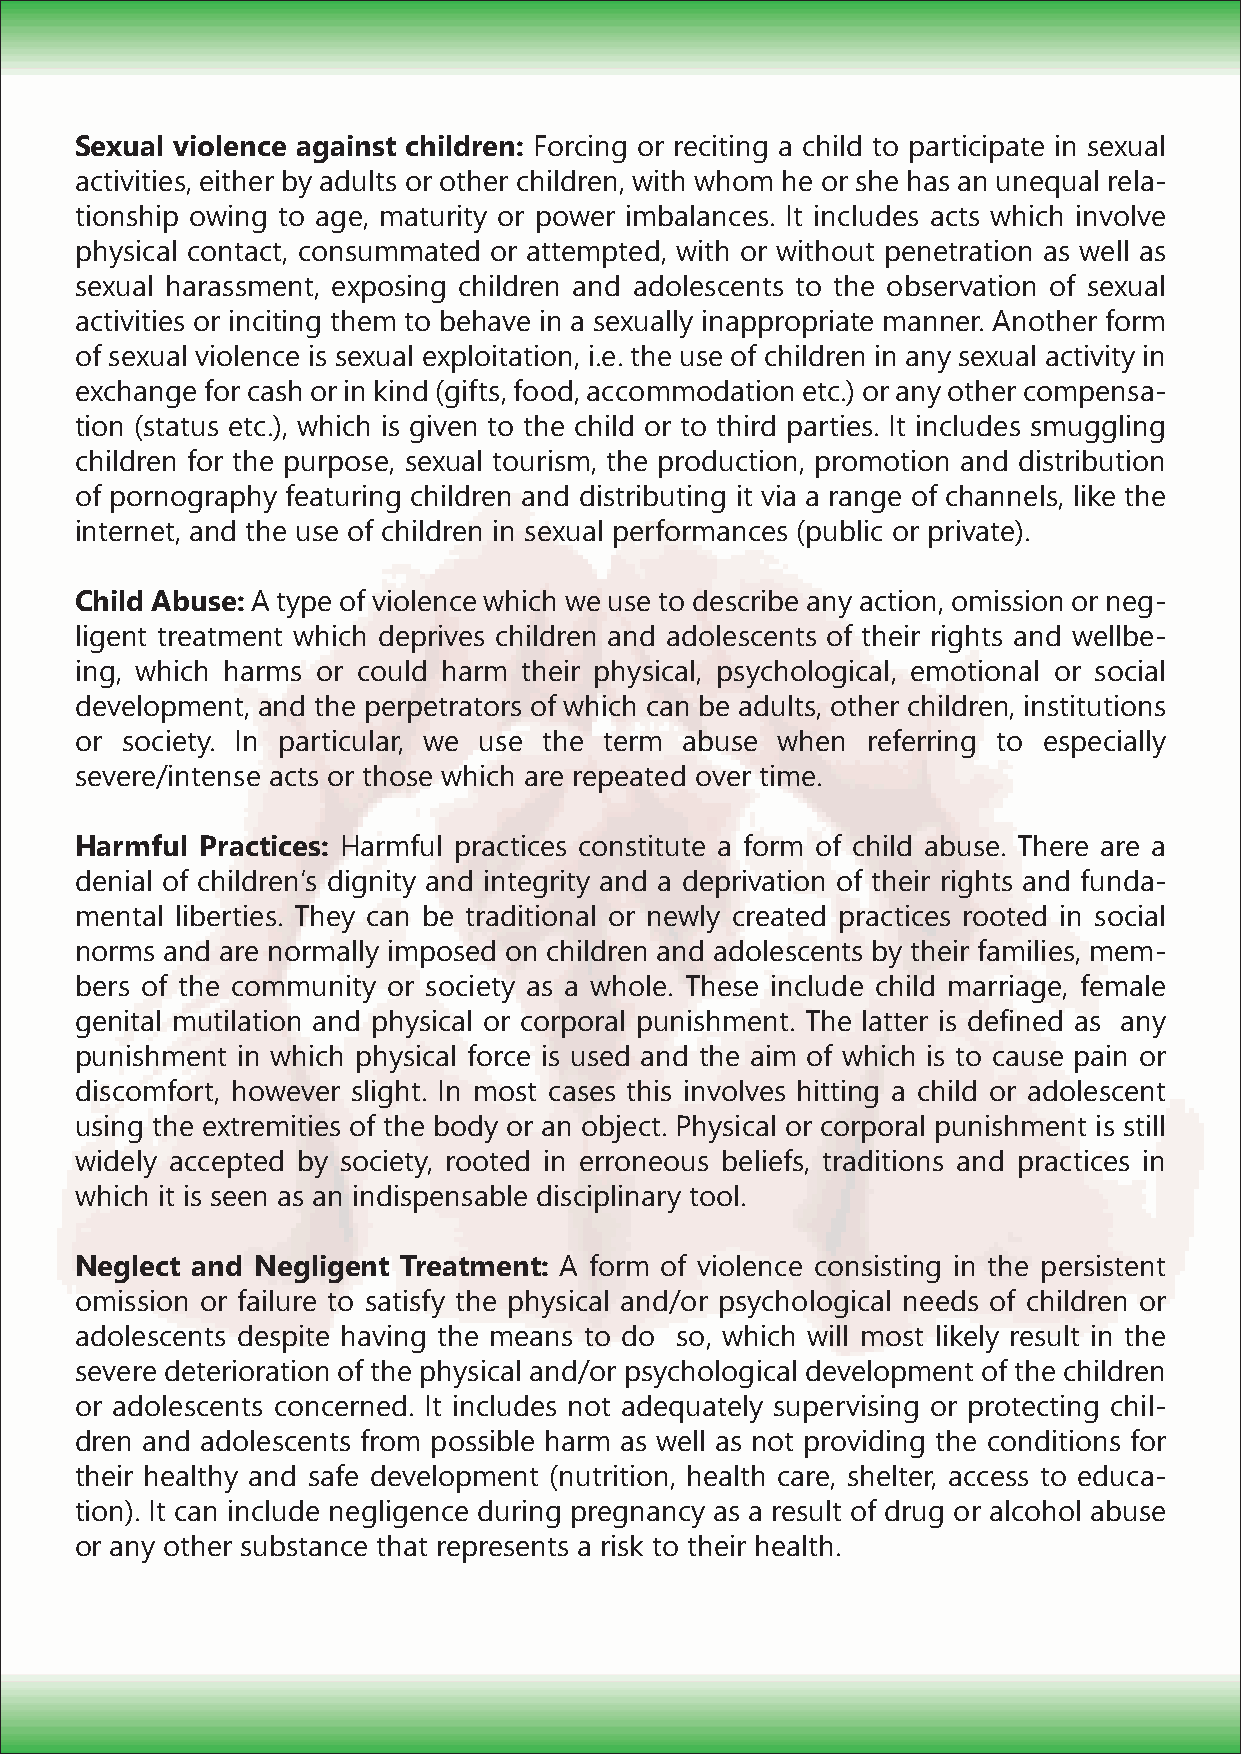
Sexual violence against children: Forcing or reciting a child to participate in sexual
 activities, either by adults or other children, with whom he or she has an unequal rela-
 tionship owing to age, maturity or power imbalances. It includes acts which involve
 physical contact, consummated or attempted, with or without penetration as well as
 sexual harassment, exposing children and adolescents to the observation of sexual
 activities or inciting them to behave in a sexually inappropriate manner. Another form
 of sexual violence is sexual exploitation, i.e. the use of children in any sexual activity in
 exchange for cash or in kind (gifts, food, accommodation etc.) or any other compensa-
 tion (status etc.), which is given to the child or to third parties. It includes smuggling
 children for the purpose, sexual tourism, the production, promotion and distribution
 of pornography featuring children and distributing it via a range of channels, like the
 internet, and the use of children in sexual performances (public or private).
 Child Abuse: A type of violence which we use to describe any action, omission or neg-
 ligent treatment which deprives children and adolescents of their rights and wellbe-
 ing, which harms or could harm their physical, psychological, emotional or social
 development, and the perpetrators of which can be adults, other children, institutions
 or society. In particular, we use the term abuse when referring to especially
 severe/intense acts or those which are repeated over time.
 Harmful Practices: Harmful practices constitute a form of child abuse. There are a
 denial of childrenʼs dignity and integrity and a deprivation of their rights and funda-
 mental liberties. They can be traditional or newly created practices rooted in social
 norms and are normally imposed on children and adolescents by their families, mem-
 bers of the community or society as a whole. These include child marriage, female
 genital mutilation and physical or corporal punishment. The latter is defined as any
 punishment in which physical force is used and the aim of which is to cause pain or
 discomfort, however slight. In most cases this involves hitting a child or adolescent
 using the extremities of the body or an object. Physical or corporal punishment is still
 widely accepted by society, rooted in erroneous beliefs, traditions and practices in
 which it is seen as an indispensable disciplinary tool.
 Neglect and Negligent Treatment: A form of violence consisting in the persistent
 omission or failure to satisfy the physical and/or psychological needs of children or
 adolescents despite having the means to do so, which will most likely result in the
 severe deterioration of the physical and/or psychological development of the children
 or adolescents concerned. It includes not adequately supervising or protecting chil-
 dren and adolescents from possible harm as well as not providing the conditions for
 their healthy and safe development (nutrition, health care, shelter, access to educa-
 tion). It can include negligence during pregnancy as a result of drug or alcohol abuse
 or any other substance that represents a risk to their health.